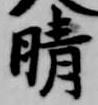
晴